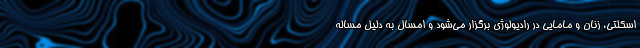
اسکلتی، زنان و مامایی در رادیولوژی برگزار می‌شود و امسال به دلیل مساله